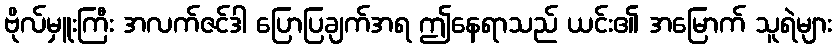
ဗိုလ်မှူးကြီး အလက်ဇင်ဒါ ပြောပြချက်အရ ဤနေရာသည် ယင်း၏ အမြောက် သူရဲများ